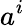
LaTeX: a^{i}